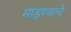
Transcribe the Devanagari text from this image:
मांड्ण्याचे